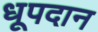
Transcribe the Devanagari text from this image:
धूपदान